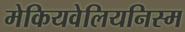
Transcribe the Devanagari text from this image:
मेकियवेलियनिस्म